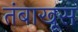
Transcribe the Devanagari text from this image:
तंबाखूस